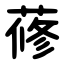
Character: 蓚